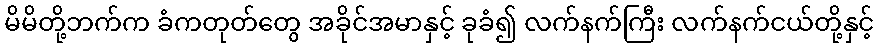
မိမိတို့ဘက်က ခံကတုတ်တွေ အခိုင်အမာနှင့် ခုခံ၍ လက်နက်ကြီး လက်နက်ငယ်တို့နှင့်